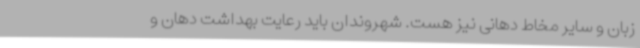
زبان و سایر مخاط دهانی نیز هست. شهروندان باید رعایت بهداشت دهان و